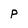
Character: p